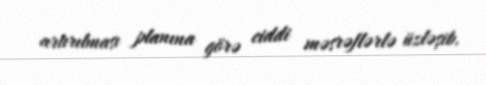
artırılması planına görə ciddi məsrəflərlə üzləşib.